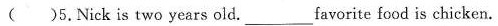
( ) 5. Nick is two years old. ___ favorite food is chicken.